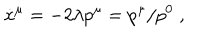
\dot { x } ^ { \mu } = - 2 \lambda p ^ { \mu } = p ^ { \mu } / p ^ { 0 } \; ,